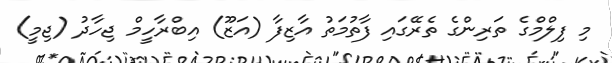
މި ފިލްމްގެ ތަރިންގެ ތެރޭގައި ފާތުމަތު އާޒިފާ (އަޒޫ) އިބްރާހީމް ޖިހާދު (ޖިމީ)